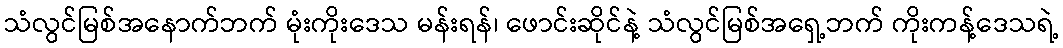
သံလွင်မြစ်အနောက်ဘက် မုံးကိုးဒေသ မန်းရန်၊ ဖောင်းဆိုင်နဲ့ သံလွင်မြစ်အရှေ့ဘက် ကိုးကန့်ဒေသရဲ့